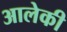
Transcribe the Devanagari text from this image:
आलेकी